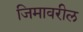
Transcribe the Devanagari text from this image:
जिमावरील